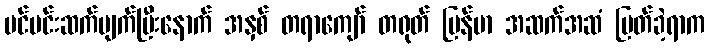
မင်မင်းဆက်ပျက်ပြီးနောက် အနှစ် တရာကျော် တရုတ် မြန်မာ အဆက်အဆံ ပြတ်ခဲ့ရာက